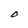
Character: O